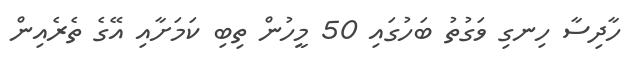
ހާދިސާ ހިނގި ވަގުތު ބަހުގައި 50 މީހުން ތިބި ކަމަށާއި އޭގެ ތެރެއިން